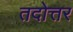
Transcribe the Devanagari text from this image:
तदोत्तर